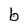
Character: b